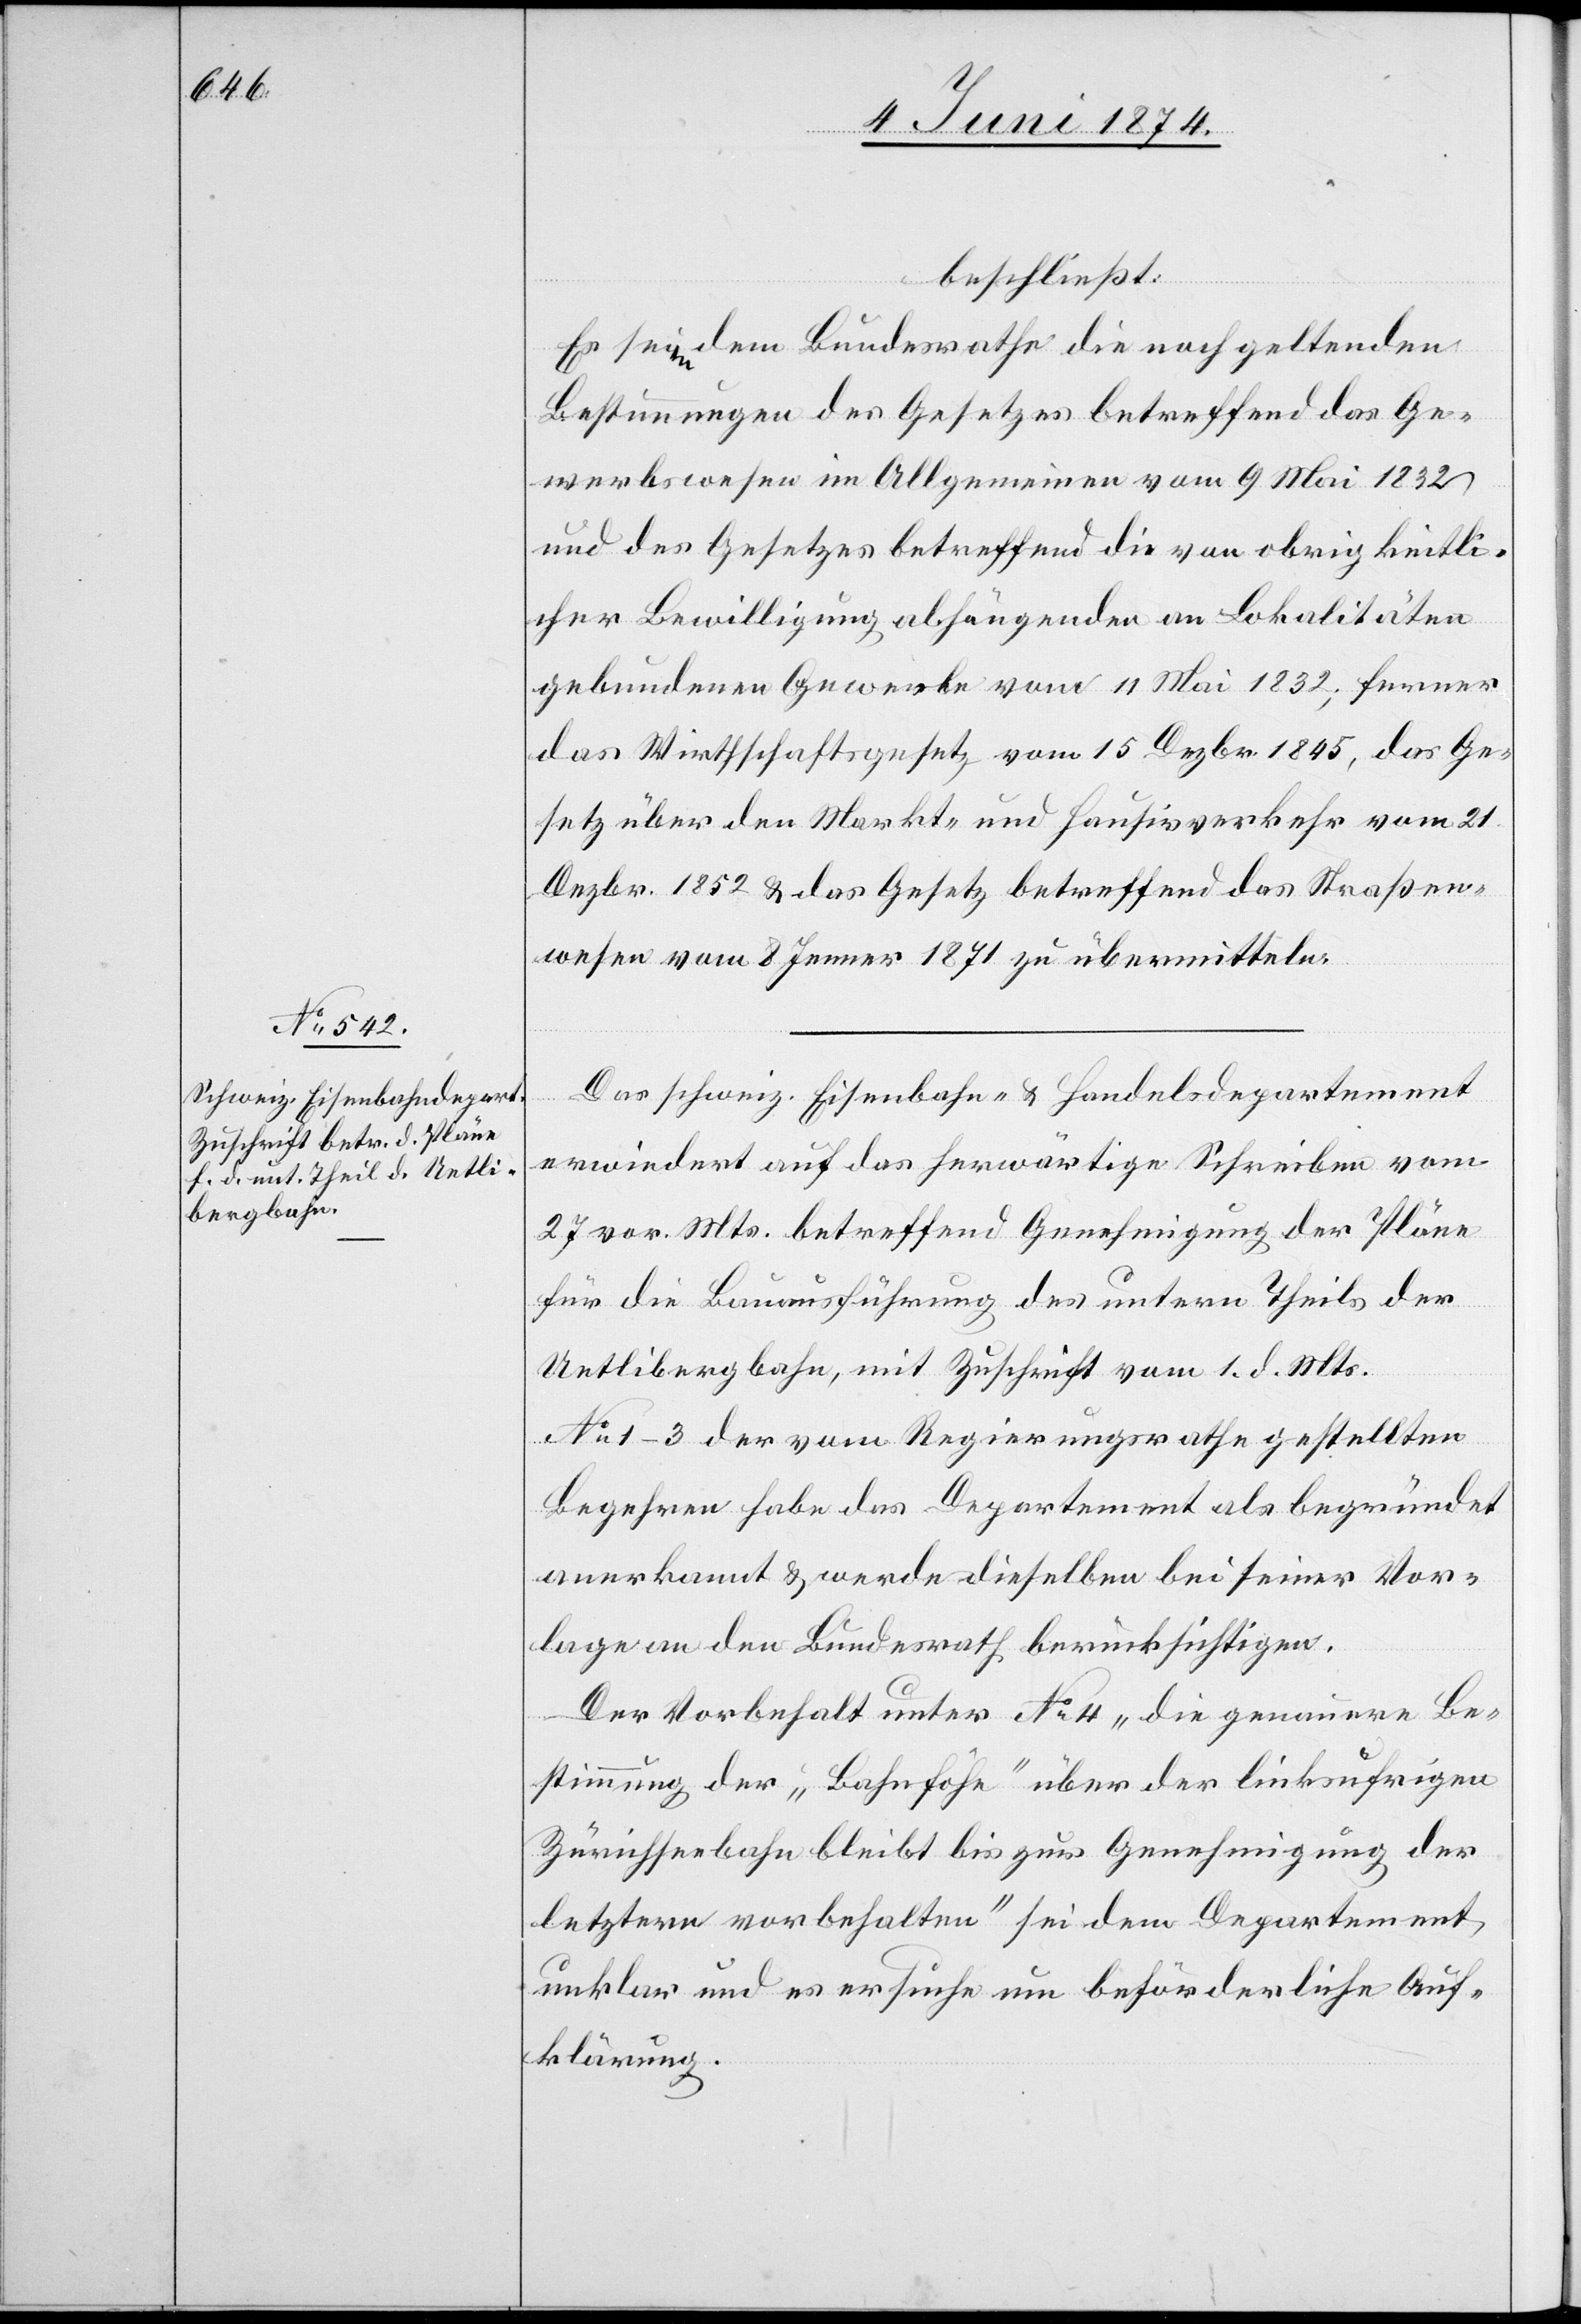
beschließt:
Es seien dem Bundesrathe die noch geltenden
Bestimmungen des Gesetzes betreffend das Ge¬
werbswesen im Allgemeinen vom 9. Mai 1832
und des Gesetzes betreffend die von obrigkeitli¬
cher Bewilligung abhängenden an Lokalitäten
gebundenen Gewerbe vom 11. Mai 1832; ferner
das Wirthschaftsgesetz vom 15. Dezbr. 1845, das Ge¬
setz über den Markt- und Hausirverkehr vom 21.
Dezbr. 1852 u. das Gesetz betreffend das Straßen¬
wesen vom 8. Jenner 1871 zu übermitteln.
Das schweiz. Eisenbahn- u. Handelsdepartement
erwiedert auf das herwärtige Schreiben vom
27. vor. Mts. betreffend Genehmigung der Pläne
für die Bauausführung des untern Theils der
Uetlibergbahn, mit Zuschrift vom 1. d. Mts.
No 1–3 der vom Regierungsrathe gestellten
Begehren habe das Departement als begründet
anerkannt u. werde dieselben bei seiner Vor¬
lage an den Bundesrath berücksichtigen.
Der Vorbehalt unter No 4 „die genauere Be¬
stimmung der „Bahnhöfe“ über der linksufrigen
Zürichseebahn bleibt bis zur Genehmigung der
letztern vorbehalten“ sei dem Departement
unklar und es ersuche um beförderliche Auf¬
klärung.